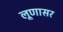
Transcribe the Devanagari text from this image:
लूणासर